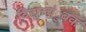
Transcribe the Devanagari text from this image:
विद्युच्चंुबक